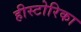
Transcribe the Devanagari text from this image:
हीस्टोरिका